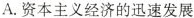
A.资本主义经济的迅速发展